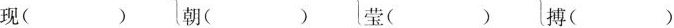
现( )朝( )莹( )搏()